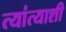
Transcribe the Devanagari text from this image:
त्यांत्याशी